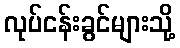
လုပ်ငန်းခွင်များသို့